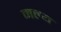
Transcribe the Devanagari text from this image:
मल्य